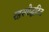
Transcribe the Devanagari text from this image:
रहस्योद्घटित